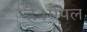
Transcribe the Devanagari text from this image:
है।ऐपल